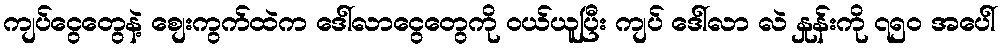
ကျပ်ငွေတွေနဲ့ စျေးကွက်ထဲက ဒေါ်လာငွေတွေကို ဝယ်ယူပြီး ကျပ် ဒေါ်လာ လဲ နှုန်းကို ၇၅၀ အပေါ်